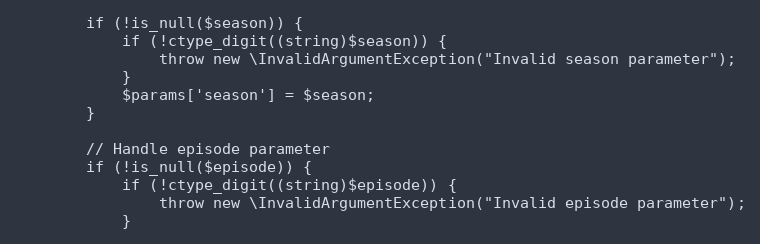
Language: PHP
        if (!is_null($season)) {
            if (!ctype_digit((string)$season)) {
                throw new \InvalidArgumentException("Invalid season parameter");
            }
            $params['season'] = $season;
        }

        // Handle episode parameter
        if (!is_null($episode)) {
            if (!ctype_digit((string)$episode)) {
                throw new \InvalidArgumentException("Invalid episode parameter");
            }